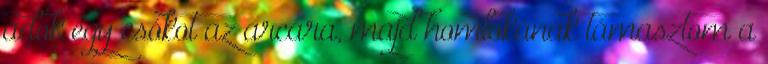
adok egy csókot az arcára, majd homlokának támasztom a